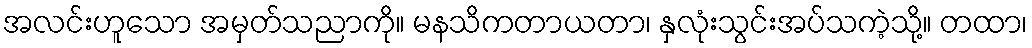
အလင်းဟူသော အမှတ်သညာကို။ မနသိကတာယတာ၊ နှလုံးသွင်းအပ်သကဲ့သို့။ တထာ၊